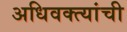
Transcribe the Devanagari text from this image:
अधिवक्त्यांची